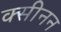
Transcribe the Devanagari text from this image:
क्सीनन